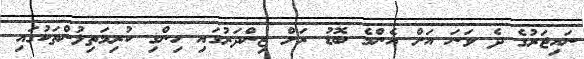
ނައިޖަރުގެ ދެ ވަނަ އަށް އެންމެ ބޮޑު ރަށް ޒިންދަރުގައި ހިންގި ކުރިމަތިލުންތަކުގައި